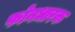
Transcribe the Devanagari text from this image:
फोनधारक